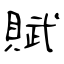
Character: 賦